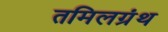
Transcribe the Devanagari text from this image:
तमिलग्रंथ